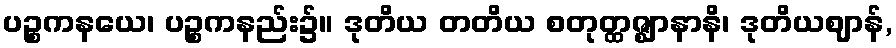
ပဉ္စကနယေ၊ ပဉ္စကနည်း၌။ ဒုတိယ တတိယ စတုတ္ထဇ္ဈာနာနိ၊ ဒုတိယဈာန်,